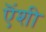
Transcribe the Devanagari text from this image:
ऎंशी